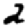
Digit: 2